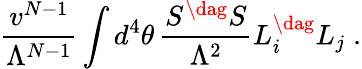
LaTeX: \frac{v^{N-1}}{\Lambda^{N-1}}\int d^{4}\theta\, \frac{S^{\dag}S}{\Lambda^{2}}L_{i}^{\dag}L_{j}\; .